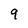
Character: 9